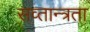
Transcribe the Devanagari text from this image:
सव्तान्त्रता